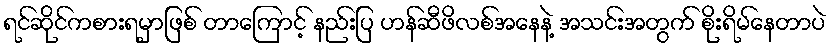
ရင်ဆိုင်ကစားရမှာဖြစ် တာကြောင့် နည်းပြ ဟန်ဆီဖိလစ်အနေနဲ့ အသင်းအတွက် စိုးရိမ်နေတာပဲ